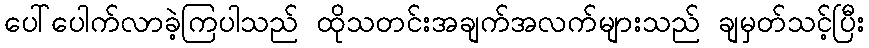
ပေါ်ပေါက်လာခဲ့ကြပါသည် ထိုသတင်းအချက်အလက်များသည် ချမှတ်သင့်ပြီး